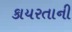
કાયરતાની